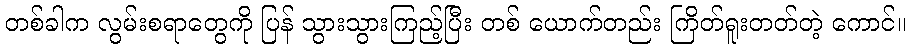
တစ်ခါက လွမ်းစရာတွေကို ပြန် သွားသွားကြည့်ပြီး တစ် ယောက်တည်း ကြိတ်ရူးတတ်တဲ့ ကောင်။